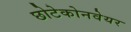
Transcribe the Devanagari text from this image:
छोटेकोनवेयर